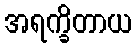
အရက္ခိတာယ